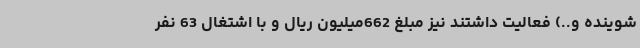
شوینده و..) فعالیت داشتند نیز مبلغ 662میلیون ریال و با اشتغال 63 نفر